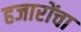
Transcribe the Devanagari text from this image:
हजारोंचा